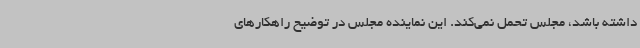
داشته باشد، مجلس تحمل نمی‌کند. این نماینده مجلس در توضیح راهکارهای